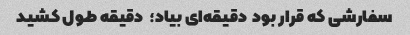
سفارشی که قرار بود  دقیقه‌ای بیاد؛  دقیقه طول کشید